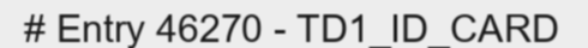
# Entry 46270 - TD1_ID_CARD